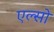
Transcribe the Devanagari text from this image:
एल्सो